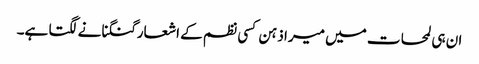
ان ہی لمحات میں میرا ذہن کسی نظم کے اشعار گنگنانے لگتا ہے۔